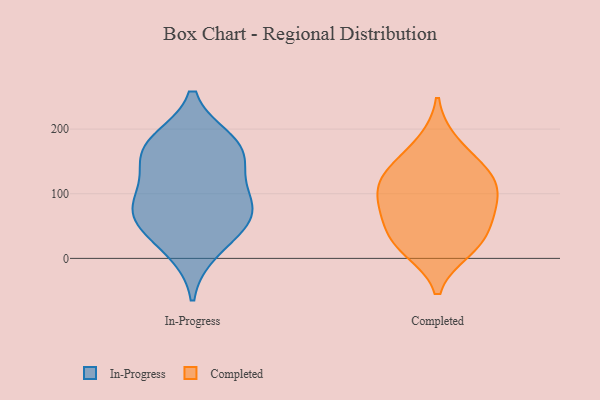
{"axis": {"x": "Active Users", "y": "Value"}, "legend": ["Completed", "In-Progress"], "data": [{"x": "", "y": 180, "type": "In-Progress"}, {"x": "", "y": 84, "type": "In-Progress"}, {"x": "", "y": 78, "type": "In-Progress"}, {"x": "", "y": 154, "type": "In-Progress"}, {"x": "", "y": 52, "type": "In-Progress"}, {"x": "", "y": 13, "type": "In-Progress"}, {"x": "", "y": 176, "type": "In-Progress"}, {"x": "", "y": 99, "type": "In-Progress"}, {"x": "", "y": 56, "type": "In-Progress"}, {"x": "", "y": 157, "type": "In-Progress"}, {"x": "", "y": 134, "type": "Completed"}, {"x": "", "y": 22, "type": "Completed"}, {"x": "", "y": 60, "type": "Completed"}, {"x": "", "y": 14, "type": "Completed"}, {"x": "", "y": 130, "type": "Completed"}, {"x": "", "y": 179, "type": "Completed"}, {"x": "", "y": 129, "type": "Completed"}, {"x": "", "y": 79, "type": "Completed"}, {"x": "", "y": 102, "type": "Completed"}, {"x": "", "y": 85, "type": "Completed"}, {"x": "", "y": 32, "type": "Completed"}]}